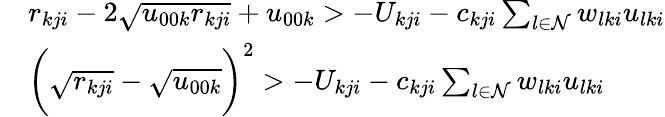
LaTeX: \begin{array}{rl}&{r_{kji}-2\sqrt{u_{00k}r_{kji}}+u_{00k}>-U_{kji}-c_{kji}\sum_{l\in\mathcal{N}}w_{lki}u_{lki}}\\ &{\bigg(\sqrt{r_{kji}}-\sqrt{u_{00k}}\bigg)^{2}>-U_{kji}-c_{kji}\sum_{l\in\mathcal{N}}w_{lki}u_{lki}}\end{array}